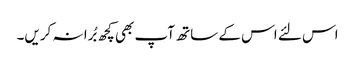
اس لئے اس کے ساتھ آپ بھی کچھ بُرا نہ کریں۔